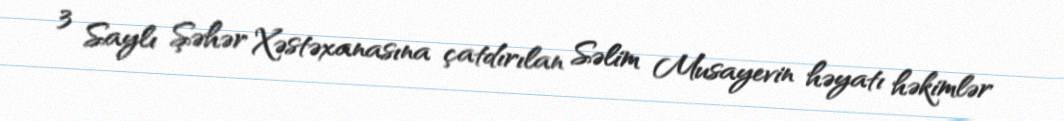
3 Saylı Şəhər Xəstəxanasına çatdırılan Səlim Musayevin həyatı həkimlər